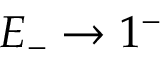
E _ { - } \to 1 ^ { - }